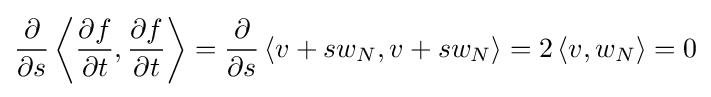
{\frac {\partial }{\partial s}}\left\langle {\frac {\partial f}{\partial t}},{\frac {\partial f}{\partial t}}\right\rangle ={\frac {\partial }{\partial s}}\left\langle v+sw_{N},v+sw_{N}\right\rangle =2\left\langle v,w_{N}\right\rangle =0